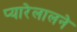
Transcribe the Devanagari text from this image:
प्यारेलालने